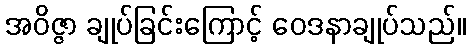
အဝိဇ္ဇာ ချုပ်ခြင်းကြောင့် ဝေဒနာချုပ်သည်။